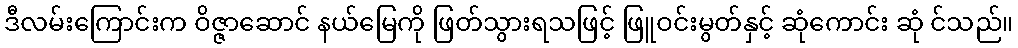
ဒီလမ်းကြောင်းက ဝိဇ္ဇာဆောင် နယ်မြေကို ဖြတ်သွားရသဖြင့် ဖြူဝင်းမွတ်နှင့် ဆုံကောင်း ဆုံ င်သည်။